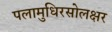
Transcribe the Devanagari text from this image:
पलामुधिरसोलक्षर